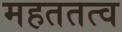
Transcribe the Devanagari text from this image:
महततत्व